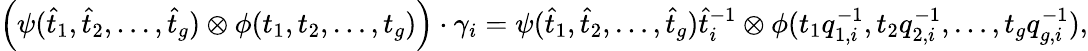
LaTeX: \begin{array}{r}{\left(\psi(\hat{t}_{1},\hat{t}_{2},\ldots,\hat{t}_{g})\otimes\phi(t_{1},t_{2},\ldots,t_{g})\right)\cdot\gamma_{i}=\psi(\hat{t}_{1},\hat{t}_{2},\ldots,\hat{t}_{g})\hat{t}_{i}^{-1}\otimes\phi(t_{1}q_{1,i}^{-1},t_{2}q_{2,i}^{-1},\ldots,t_{g}q_{g,i}^{-1}),}\end{array}